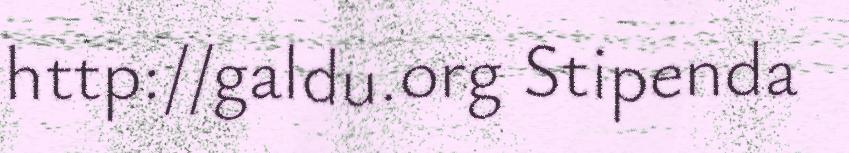
http://galdu.org Stipenda